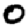
Digit: 0